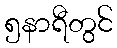
၅နာရီတွင်